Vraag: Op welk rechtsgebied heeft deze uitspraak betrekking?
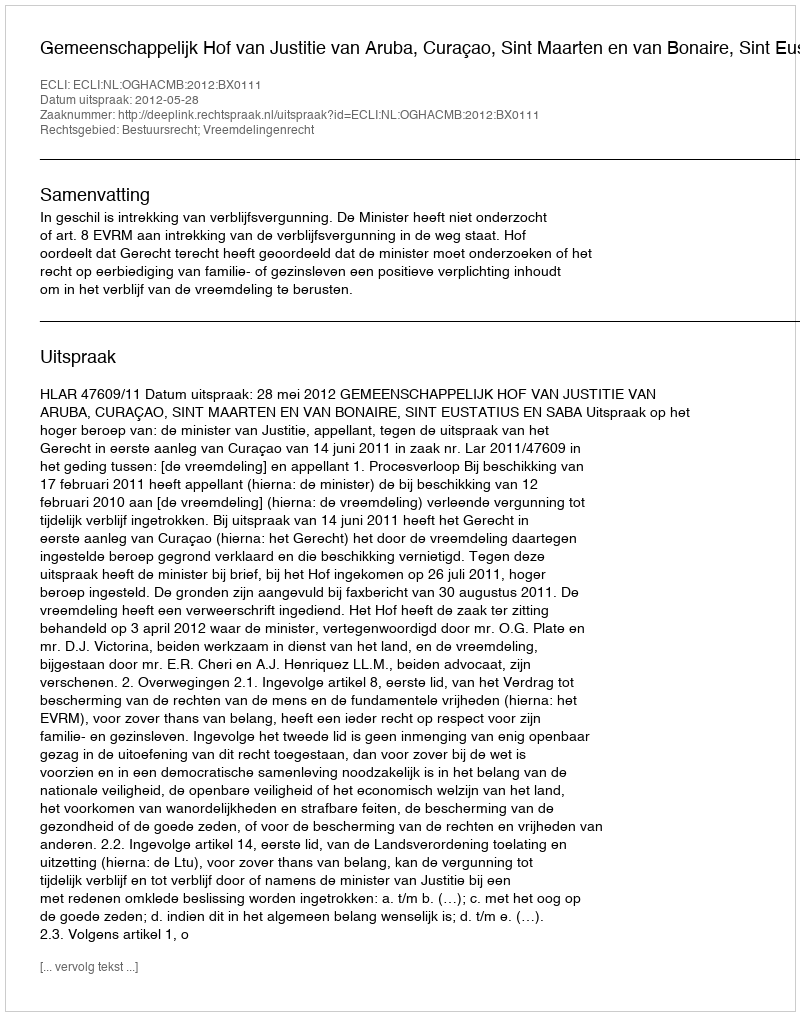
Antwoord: Bestuursrecht; Vreemdelingenrecht